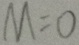
M = 0